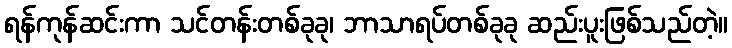
ရန်ကုန်ဆင်းကာ သင်တန်းတစ်ခုခု၊ ဘာသာရပ်တစ်ခုခု ဆည်းပူးဖြစ်သည်တဲ့။